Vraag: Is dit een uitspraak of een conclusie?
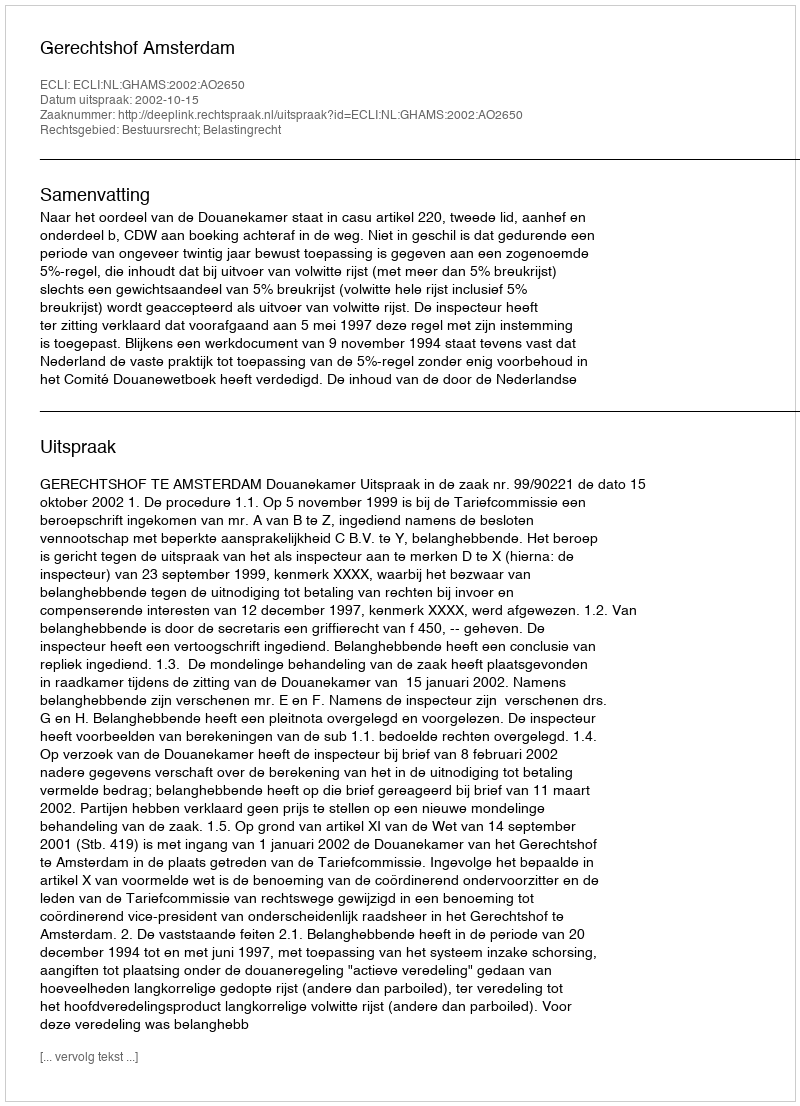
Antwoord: Uitspraak